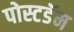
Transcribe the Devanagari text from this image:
पोस्टडॅम